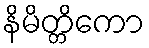
နိမိတ္တိကော